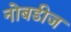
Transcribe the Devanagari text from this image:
नोबडीज